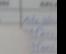
Signature authenticity: forged